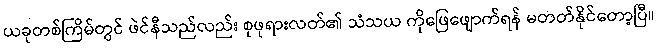
ယခုတစ်ကြိမ်တွင် ဖဲင်နီသည်လည်း စုဖုရားလတ်၏ သံသယ ကိုဖြေဖျောက်ရန် မတတ်နိုင်တော့ပြီ။